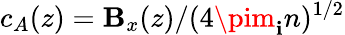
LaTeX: c_{A}(z)=\mathbf{B}_{x}(z)/(4\pim_{\mathbf{i}}n)^{1/2}